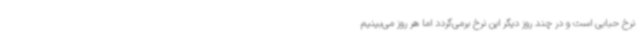
نرخ حبابی است و در چند روز دیگر این نرخ برمی‌گردد اما هر روز می‌بینیم